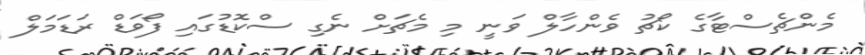
މެންޗެސްޓާގެ ކޯޗު ވެންހާލް ވަނީ މި މެޗަށް ނެގި ސްކޮޑުގައި ފޯވަޑް ރަޑަމަލް